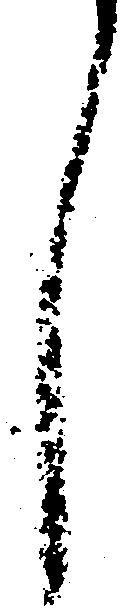
し